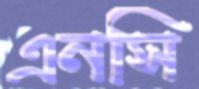
এনসি